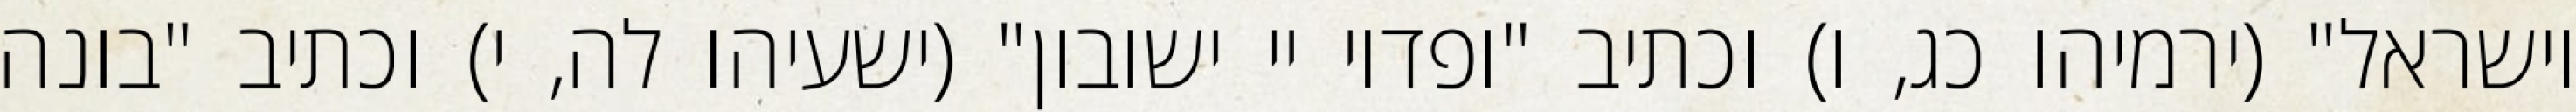
וישראל" (ירמיהו כג, ו) וכתיב "ופדוי יי ישובון" (ישעיהו לה, י) וכתיב "בונה